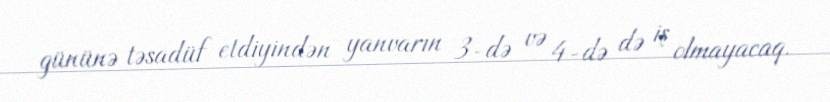
gününə təsadüf etdiyindən yanvarın 3-də və 4-də də iş olmayacaq.